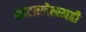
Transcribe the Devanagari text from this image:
नाटय़लेखनही